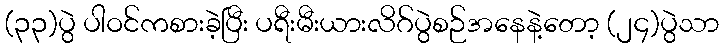
(၃၃)ပွဲ ပါဝင်ကစားခဲ့ပြီး ပရီးမီးယားလိဂ်ပွဲစဉ်အနေနဲ့တော့ (၂၄)ပွဲသာ